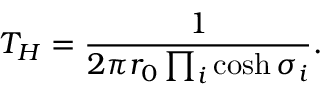
T _ { H } = \frac { 1 } { 2 \pi r _ { 0 } \prod _ { i } \cosh \sigma _ { i } } .